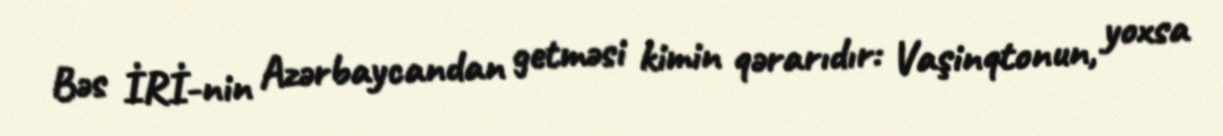
Bəs İRİ-nin Azərbaycandan getməsi kimin qərarıdır: Vaşinqtonun, yoxsa